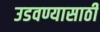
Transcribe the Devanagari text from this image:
उडवण्यासाठी